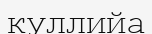
куллийа